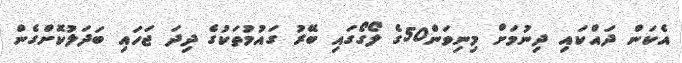
އެކަން ދައްކައި ދިނުމަށް މިނިވަން50ގެ ލޯގޯގައި ބޭރު ގައުމުތަކުގެ ދިދަ ޖަހައި ބަދަލުކޮށްގެން